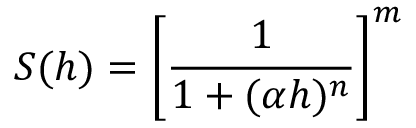
S ( h ) = \biggl [ \frac { 1 } { 1 + ( \alpha h ) ^ { n } } \biggr ] ^ { m }